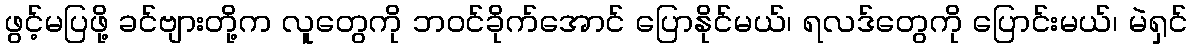
ဖွင့်မပြဖို့ ခင်ဗျားတို့က လူတွေကို ဘဝင်ခိုက်အောင် ပြောနိုင်မယ်၊ ရလဒ်တွေကို ပြောင်းမယ်၊ မဲရှင်